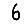
Digit: 6